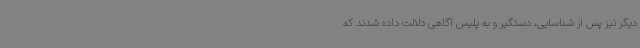
دیگر نیز پس از شناسایی، دستگیر و به پلیس آگاهی دلالت داده شدند که